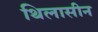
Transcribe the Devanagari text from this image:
थिलासीन